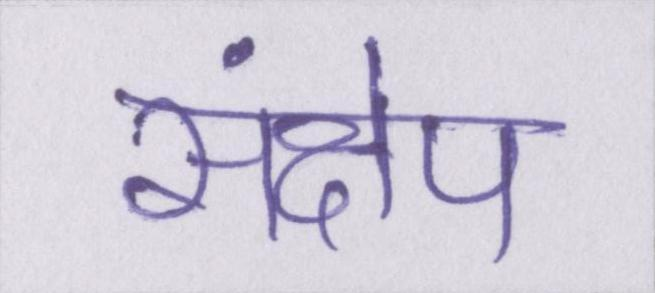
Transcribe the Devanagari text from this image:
संक्षेप